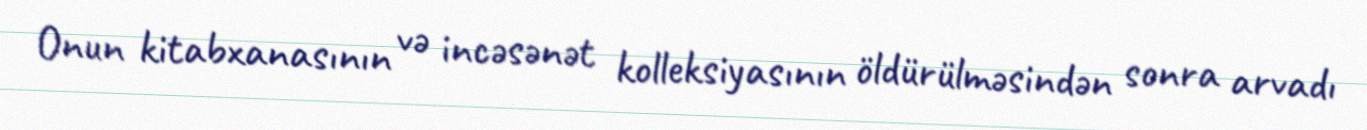
Onun kitabxanasının və incəsənət kolleksiyasının öldürülməsindən sonra arvadı